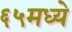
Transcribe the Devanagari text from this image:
६५मध्ये